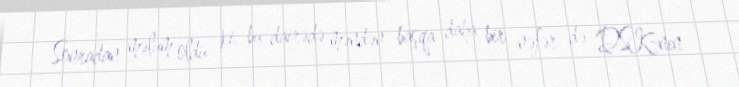
Sonradan məlum oldu ki, bu dairədə məndən başqa daha bir nəfər də DSK-nın